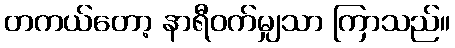
တကယ်တော့ နာရီဝက်မျှသာ ကြာသည်။